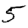
Digit: 5